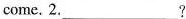
come. 2.___?